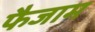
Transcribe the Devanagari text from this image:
फैजाम